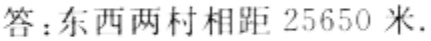
答：东西两村相距 \(25650\) 米.